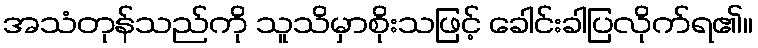
အသံတုန်သည်ကို သူသိမှာစိုးသဖြင့် ခေါင်းခါပြလိုက်ရ၏။